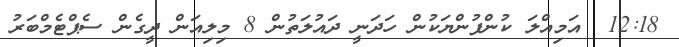
12:18  އަމިއްލަ ކުންފުންޔަކުން ހަދަނީ ދައުލަތުން 8 މިލިއަން ދީގެން ސެޕްޓެމްބަރު